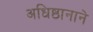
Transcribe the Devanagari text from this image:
अधिष्ठानाने